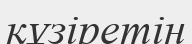
құзіретін